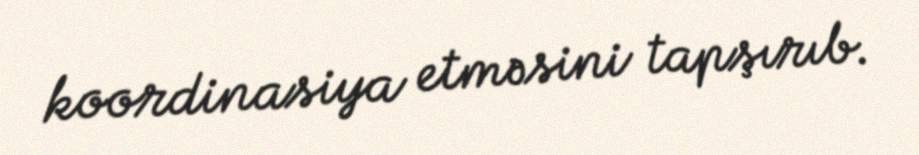
koordinasiya etməsini tapşırıb.